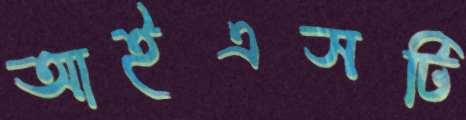
আইএসটি